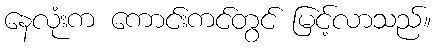
နေလုံးက ကောင်းကင်တွင် မြင့်လာသည်။